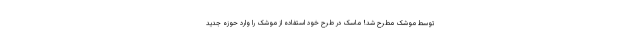
توسط موشک مطرح شد! ماسک در طرح خود استفاده از موشک را وارد حوزه جدید